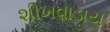
શીખવાડાય